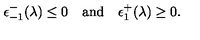
\epsilon _ { - 1 } ^ { - } ( \lambda ) \leq 0 \quad \mathrm { a n d } \quad \epsilon _ { 1 } ^ { + } ( \lambda ) \geq 0 .